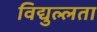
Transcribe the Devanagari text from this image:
विद्युल्लता